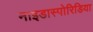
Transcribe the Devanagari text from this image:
नाइडास्पोरिडिया